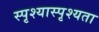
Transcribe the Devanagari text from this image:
स्पृश्यास्पृश्यता